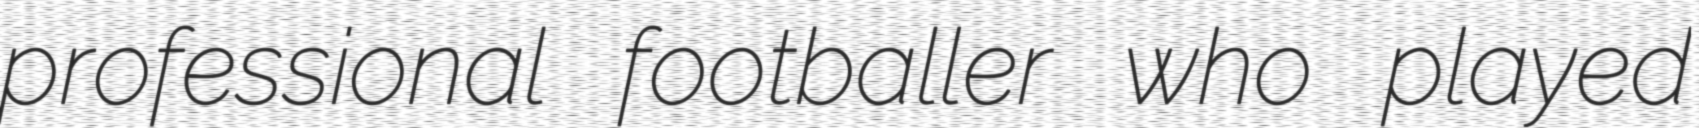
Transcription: professional footballer who played